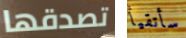
تصدقها سأتقيأ